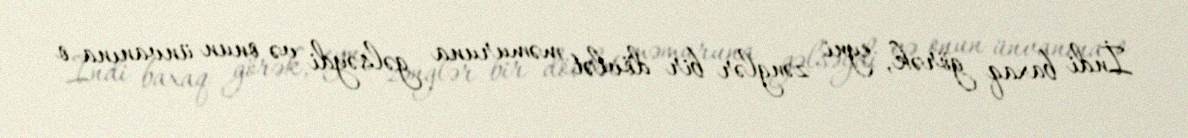
İndi baxaq görək, eyni zənglər bir dövlət məmuruna gəlsəydi və onun ünvanına o